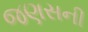
જણસની